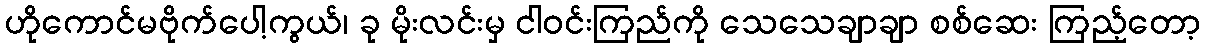
ဟိုကောင်မဗိုက်ပေါ့ကွယ်၊ ခု မိုးလင်းမှ ငါဝင်းကြည်ကို သေသေချာချာ စစ်ဆေး ကြည့်တော့